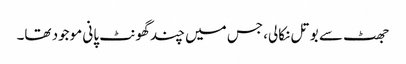
جھٹ سے بوتل نکالی، جس میں چند گھونٹ پانی موجود تھا۔